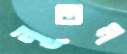
নূতন